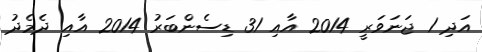
އަދި 1 ޖަނަވަރީ 2014 އާއި 31 ޑިސެންބަރު 2014 އާއި ދެމެދު